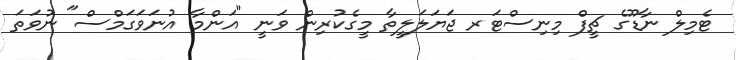
ޓެމިލް ނާޑޫގެ ޗީފް މިނިސްޓަރ ޖަޔަލަލީތާ މީގެކުރިން ވަނީ "އަންމާ އުނަވަގަމްސް" ނުވަތަ